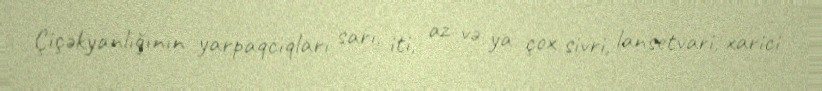
Çiçəkyanlığının yarpaqcıqları sarı, iti, az və ya çox sivri, lansetvari, xarici